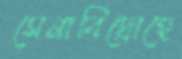
সেনাবিদ্রোহে